Tezpur Lunatic Asylum reports 1895-1904 - 1895-1904
Year: 1895
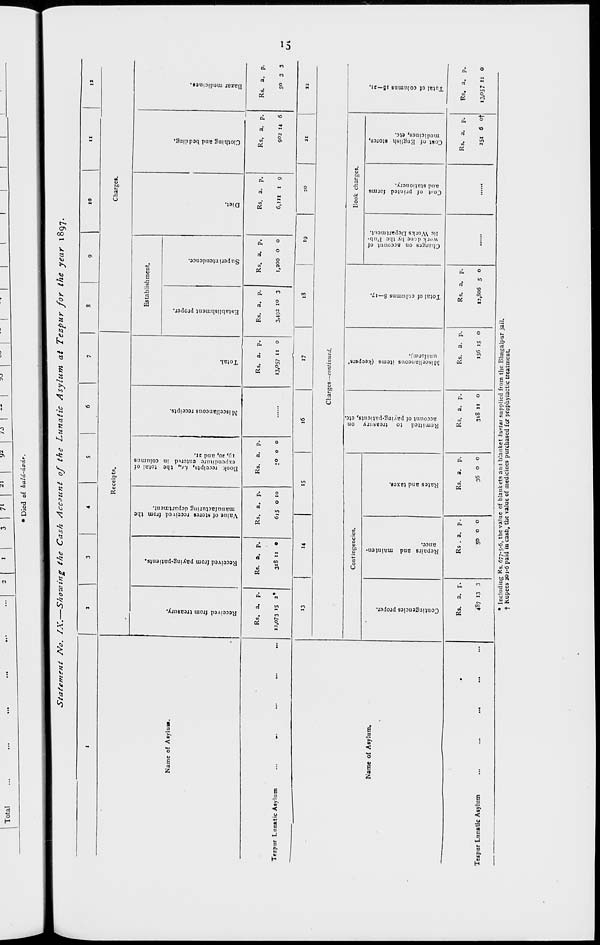
0 I"
•a
s
F
«•
B
n
c
3
go C o
7 50
O ui
"S «
Bo,
£ =r
Errs
* <
ft c
< «»
Eo
c -•>
" 2
S.g
S'g n a.
S3
>
P
d
O
O
IS
u
13 £
"< re
P
E nf
5 5
E
B
S3
0\
11
0
o
V
S3
u
CO
p
•a
o
S3
Ol
Ol
u
en
*
O
■a
S3
O
ci
u
t/i
O
V
S3
F
Ol
o
*?
-♦•
S3
"o
„
u
Contingencies proper.
Repairs and mainten-
ance.
Rates and taxes.
9
era
n
a
n
Remitted to treasury on
account of paying-patients, etc
Miscellaneous items (keepers'
uniform;.
Total of columns 8—17.
Charges on account of
work dene by the Pub-
lic Works Department.
Cost of printed
and stationery.
forms
Cost of English stores,
medicines, etc.
a o o
7T
S*
O
Total of columns i3—ai.
era
N
n
a
r a
a
y
c
3
u.
P
".
V
S3
0
00
m
p
O
y
0
o
o
S3
W
-a
5?
n
o
>
c
S
Received from treasury.
Received from paying-patients.
Value of stores received from the
manufacturing department.
Book receipts, i.t„ the total of
expenditure entered in columns
19, 20, and 21.
Miscellaneous receipts.
Total.
S3
•a
S3
f)
•a
CD
T3
Establishment proper.
Superintendence.
ET
3
o
□
Diet.
Clothing and bedding.
0,
S3
to
0
II
Bazar med icin.es.
u
u
V
S3
n
Si
t*
to
s
<0
8
to
00
VO
*
O
ft"
9,
S.